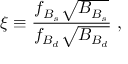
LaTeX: \xi \equiv \frac { f _ { B _ { s } } \sqrt { B _ { B _ { s } } } } { f _ { B _ { d } } \sqrt { B _ { B _ { d } } } } \ ,